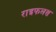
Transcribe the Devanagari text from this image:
राइफलस